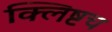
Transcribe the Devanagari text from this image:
क्लिष्टच